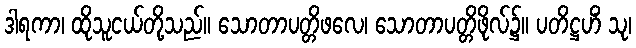
ဒါရကာ၊ ထိုသူငယ်တို့သည်။ သောတာပတ္တိဖလေ၊ သောတာပတ္တိဖိုလ်၌။ ပတိဋ္ဌဟိံ သု၊